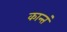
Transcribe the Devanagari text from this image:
कान्तं